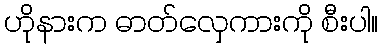
ဟိုနားက ဓာတ်လှေကားကို စီးပါ။